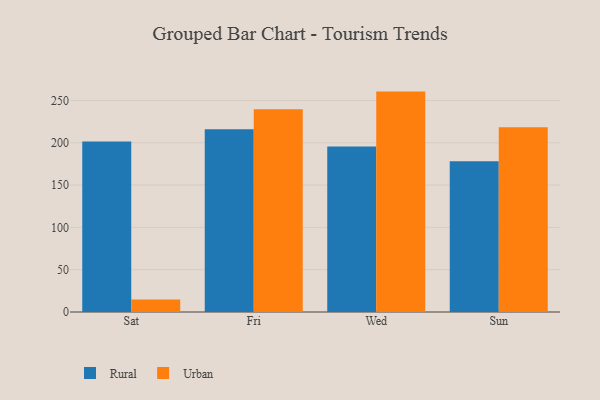
{"axis": {"x": "Day", "y": "Revenue (USD Million)"}, "legend": ["Rural", "Urban"], "data": [{"x": "Sat", "y": 201.5, "type": "Rural"}, {"x": "Sat", "y": 14.8, "type": "Urban"}, {"x": "Fri", "y": 215.9, "type": "Rural"}, {"x": "Fri", "y": 239.4, "type": "Urban"}, {"x": "Wed", "y": 195.6, "type": "Rural"}, {"x": "Wed", "y": 260.4, "type": "Urban"}, {"x": "Sun", "y": 178.2, "type": "Rural"}, {"x": "Sun", "y": 218.4, "type": "Urban"}]}